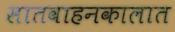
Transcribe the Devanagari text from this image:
सातवाहनकालात